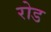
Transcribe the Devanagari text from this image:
रोड